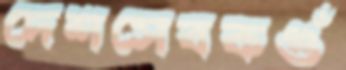
দেশসেবকগুঁ